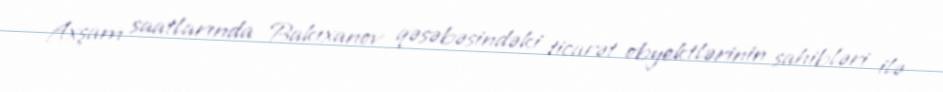
Axşam saatlarında Bakıxanov qəsəbəsindəki ticarət obyektlərinin sahibləri ilə